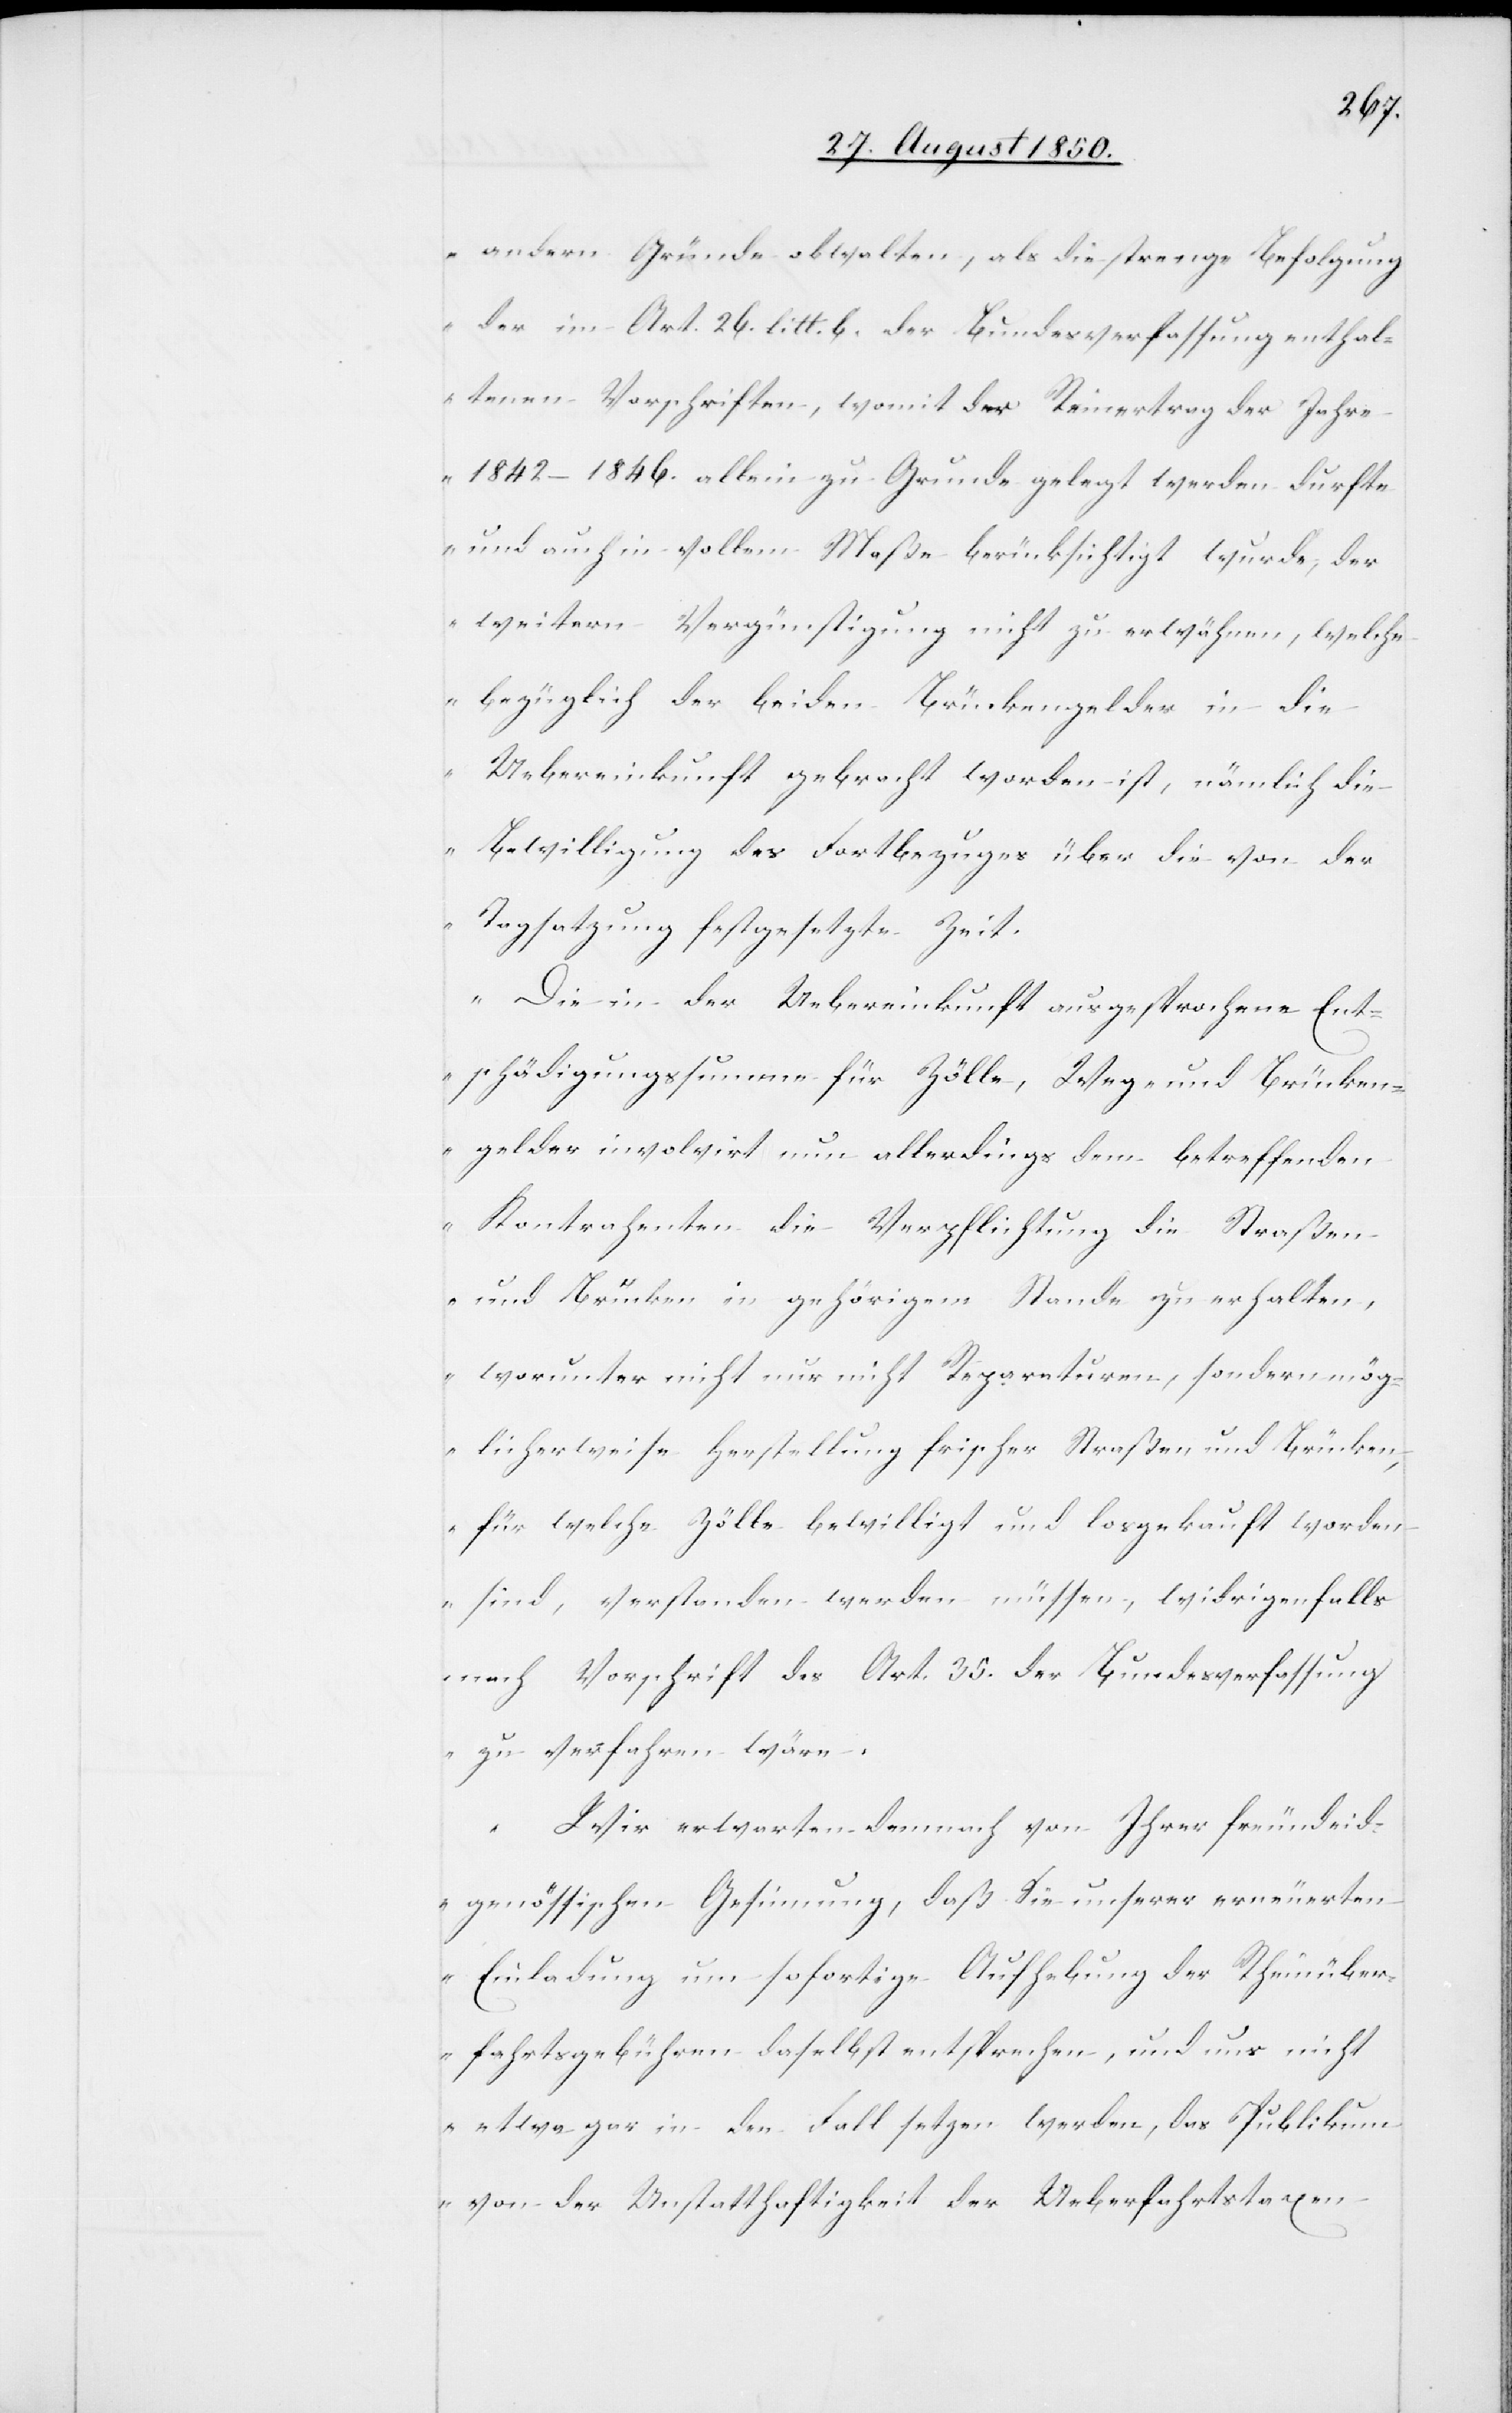
andern Gründe obwalten, als die strenge Befolgung
der im Art. 26. litt. b. der Bundesverfassung enthal¬
tenen Vorschriften, womit der Reinertrag der Jahre
1842–1846. allein zu Grunde gelegt werden durfte
und auch in vollem Maße berücksichtigt wurde, der
weitern Vergünstigung nicht zu erwähnen, welche
bezüglich der beiden Brückengelder in die
Uebereinkunft gebracht worden ist, nämlich die
Bewilligung des Fortbezuges über die von der
Tagsatzung festgesetzte Zeit.
Die in der Uebereinkunft ausgesprochene Ent¬
schädigungssumme für Zölle, Weg- und Brücken¬
gelder involvirt nun allerdings dem betreffenden
Kontrahenten die Verpflichtung die Straßen
und Brücken in gehörigem Stande zu erhalten,
worunter nicht nur nicht Reparaturen, sondern mög¬
licherweise Herstellung frischer Straßen und Brücken,
für welche Zölle bewilligt und losgekauft worden
sind, verstanden werden müssen, widrigenfalls
nach Vorschrift des Art. 35. der Bundesverfassung
zu verfahren wäre.
Wir erwarten demnach von Ihrer freundeid¬
genössischen Gesinnung, daß Sie unserer erneuerten
Einladung um sofortige Aufhebung der Rheinüber¬
fahrtsgebühren daselbst entsprechen, und uns nicht
etwa gar in den Fall setzen werden, das Publikum
von der Unstatthaftigkeit der Ueberfahrtstaxen